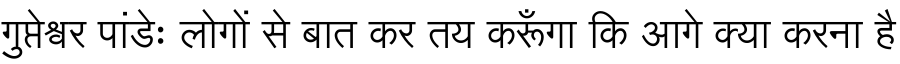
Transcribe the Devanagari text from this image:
गुप्तेश्वर पांडेः लोगों से बात कर तय करूँगा कि आगे क्या करना है